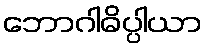
ဘောဂါဓိပ္ပါယာ